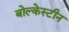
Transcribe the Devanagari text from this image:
बोल्केस्टीन